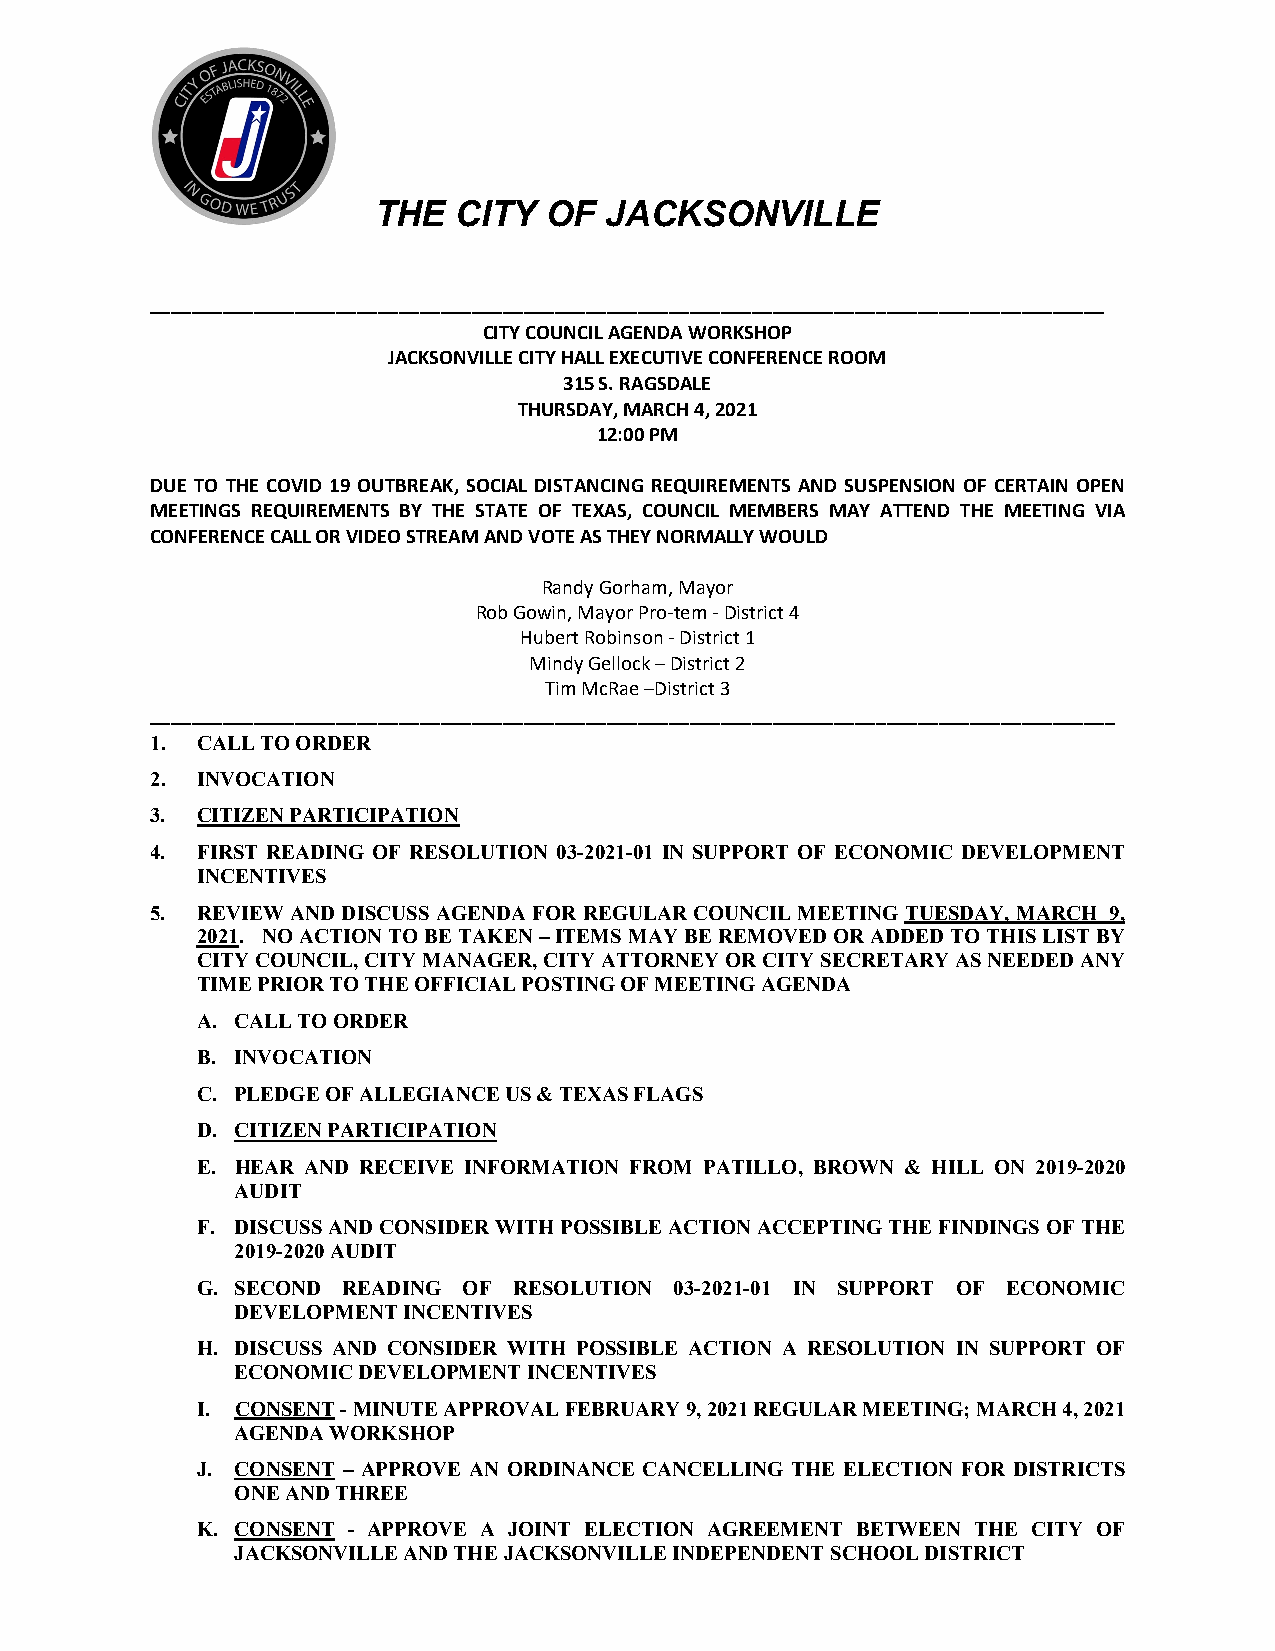
THE  CITY  OF  JACKSONVILLE
 ____________________________________________________________________________________________
 CITY COUNCIL AGENDA WORKSHOP
 JACKSONVILLE CITY HALL EXECUTIVE CONFERENCE ROOM
 315 S. RAGSDALE
 THURSDAY, MARCH 4, 2021
 12:00 PM
 DUE TO THE COVID 19 OUTBREAK, SOCIAL DISTANCING REQUIREMENTS AND SUSPENSION OF CERTAIN OPEN
 MEETINGS REQUIREMENTS BY THE STATE OF TEXAS, COUNCIL MEMBERS MAY ATTEND THE MEETING VIA
 CONFERENCE CALL OR VIDEO STREAM AND VOTE AS THEY NORMALLY WOULD
 Randy Gorham, Mayor
 Rob Gowin, Mayor Pro-tem - District 4
 Hubert Robinson - District 1
 Mindy Gellock – District 2
 Tim McRae –District 3
 _____________________________________________________________________________________________
 1. CALL TO ORDER
 2. INVOCATION
 3. CITIZEN PARTICIPATION
 4. FIRST READING OF RESOLUTION 03-2021-01 IN SUPPORT OF ECONOMIC DEVELOPMENT
 INCENTIVES
 5. REVIEW AND DISCUSS AGENDA FOR REGULAR COUNCIL MEETING TUESDAY, MARCH 9,
 2021. NO ACTION TO BE TAKEN – ITEMS MAY BE REMOVED OR ADDED TO THIS LIST BY
 CITY COUNCIL, CITY MANAGER, CITY ATTORNEY OR CITY SECRETARY AS NEEDED ANY
 TIME PRIOR TO THE OFFICIAL POSTING OF MEETING AGENDA
 A. CALL TO ORDER
 B. INVOCATION
 C. PLEDGE OF ALLEGIANCE US & TEXAS FLAGS
 D. CITIZEN PARTICIPATION
 E. HEAR AND RECEIVE INFORMATION FROM PATILLO, BROWN & HILL ON 2019-2020
 AUDIT
 F. DISCUSS AND CONSIDER WITH POSSIBLE ACTION ACCEPTING THE FINDINGS OF THE
 2019-2020 AUDIT
 G. SECOND READING OF RESOLUTION 03-2021-01 IN SUPPORT OF ECONOMIC
 DEVELOPMENT INCENTIVES
 H. DISCUSS AND CONSIDER WITH POSSIBLE ACTION A RESOLUTION IN SUPPORT OF
 ECONOMIC DEVELOPMENT INCENTIVES
 I. CONSENT - MINUTE APPROVAL FEBRUARY 9, 2021 REGULAR MEETING; MARCH 4, 2021
 AGENDA WORKSHOP
 J. CONSENT – APPROVE AN ORDINANCE CANCELLING THE ELECTION FOR DISTRICTS
 ONE AND THREE
 K. CONSENT - APPROVE A JOINT ELECTION AGREEMENT BETWEEN THE CITY OF
 JACKSONVILLE AND THE JACKSONVILLE INDEPENDENT SCHOOL DISTRICT